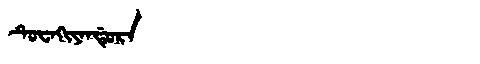
Manchu: ᡨᡠᠸᠠᡴᡳᠶᠠᠨᡩᡠᡵᠠ
Romanization: TUWAKIYANDURA